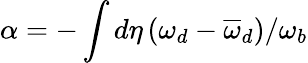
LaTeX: \alpha=-\int d\eta\left(\omega_{d}-\overline{{\omega}}_{d}\right)/\omega_{b}